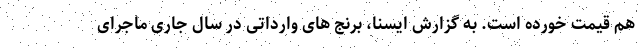
هم قیمت خورده است. به گزارش ایسنا، برنج های وارداتی در سال جاری ماجرای